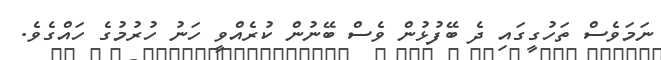
ނަމަވެސް ތަހުގީގައި ދެ ބޭފުޅުން ވެސް ބޭނުން ކުރެއްވީ ހަނު ހުރުމުގެ ހައްގެވެ.